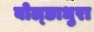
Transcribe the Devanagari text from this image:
बोल्छाधुरा